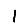
Digit: 1